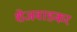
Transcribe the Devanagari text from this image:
शेजवाडकर